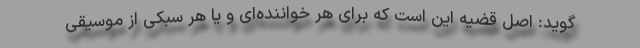
‌گوید: اصل قضیه این است که برای هر خواننده‌ای و یا هر سبکی از موسیقی